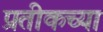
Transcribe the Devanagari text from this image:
प्रतीकच्या